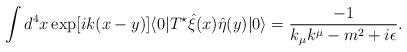
LaTeX: \begin{align*}\int d^{4}x\exp[ik(x-y)]\langle0|T^{\star}\hat{\xi}(x)\hat{\eta}(y)|0\rangle=\frac{-1}{k_{\mu}k^{\mu}-m^{2}+i\epsilon}.\end{align*}